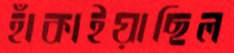
হাঁকাইয়াছিল